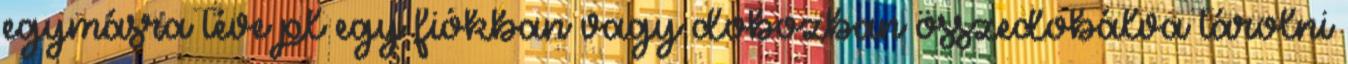
egymásra téve pl egy fiókban vagy dobozban összedobálva tárolni